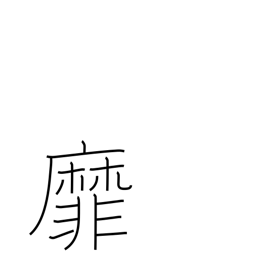
Meaning: wave